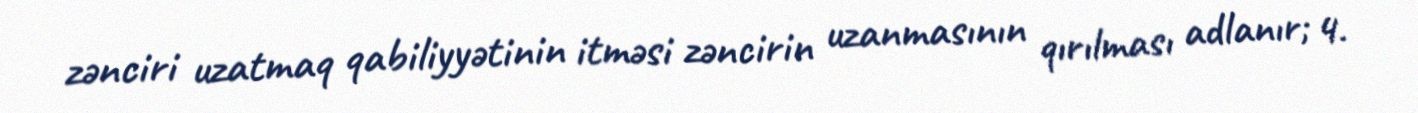
zənciri uzatmaq qabiliyyətinin itməsi zəncirin uzanmasının qırılması adlanır; 4.